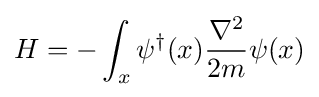
H=-\int _{x}\psi ^{\dagger }(x){\nabla ^{2} \over 2m}\psi (x)